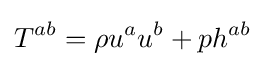
T^{ab}=\rho u^{a}u^{b}+ph^{ab}